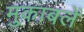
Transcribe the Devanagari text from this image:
मुकाबलें